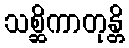
သစ္ဆိကာတုန္တိ